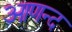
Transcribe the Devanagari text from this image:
आणन्द